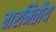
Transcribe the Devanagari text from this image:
चारमितीय